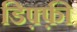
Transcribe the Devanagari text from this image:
डिफ़्फ़ी